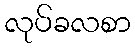
လုပ်ခလစာ